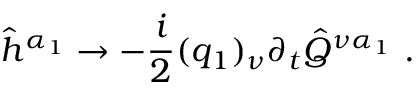
\hat { h } ^ { \alpha _ { 1 } } \to - \frac { i } { 2 } ( q _ { 1 } ) _ { \nu } \partial _ { t } \hat { Q } ^ { \nu \alpha _ { 1 } } \mathrm { ~ . ~ }